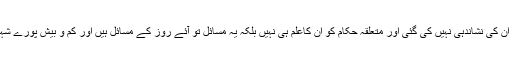
یہ مسائل اس لئے لا ینحل نہیں رہ گئے ہیں کہ ان کی نشاندہی نہیں کی گئی اور متعلقہ حکام کو ان کاعلم ہی نہیں بلکہ یہ مسائل تو آئے روز کے مسائل ہیں اور کم و بیش پورے شہرکے بازار اور علاقے ان مسائل کا شکار ہیں۔